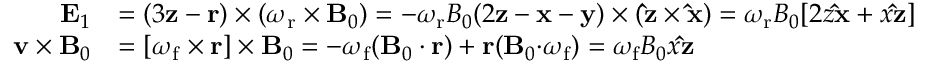
\begin{array} { r l } { \mathbf { E } _ { 1 } } & { = ( 3 \mathbf { z } - \mathbf { r } ) \times ( \boldsymbol { \omega } _ { \mathrm { r } } \times \mathbf { B } _ { 0 } ) = - \omega _ { \mathrm { r } } B _ { 0 } ( 2 \mathbf { z } - \mathbf { x } - \mathbf { y } ) \times ( \mathbf { \hat { z } } \times \mathbf { \hat { x } } ) = \omega _ { \mathrm { r } } B _ { 0 } [ 2 z \mathbf { \hat { x } } + x \mathbf { \hat { z } } ] } \\ { \mathbf { v } \times \mathbf { B } _ { 0 } } & { = [ \boldsymbol { \omega } _ { \mathrm { f } } \times \mathbf { r } ] \times \mathbf { B } _ { 0 } = - \boldsymbol { \omega } _ { \mathrm { f } } ( \mathbf { B } _ { 0 } \cdot \mathbf { r } ) + \mathbf { r } ( \mathbf { B } _ { 0 } \mathbf { \cdot } \boldsymbol { \omega } _ { \mathrm { f } } ) = \omega _ { \mathrm { f } } B _ { 0 } x \mathbf { \hat { z } } } \end{array}